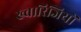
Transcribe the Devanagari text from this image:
ख्वारिजियों